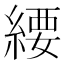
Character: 䌁